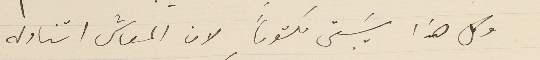
وكل هذا سَيبقى مكتوماً لان المعاش اتناوله